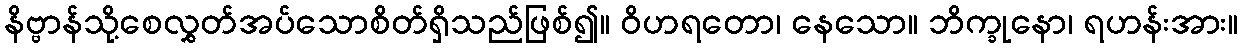
နိဗ္ဗာန်သို့စေလွှတ်အပ်သောစိတ်ရှိသည်ဖြစ်၍။ ဝိဟရတော၊ နေသော။ ဘိက္ခုနော၊ ရဟန်းအား။